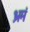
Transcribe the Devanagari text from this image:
भ्रमं